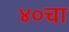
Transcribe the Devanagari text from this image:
४०चा